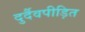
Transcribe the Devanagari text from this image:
दुर्दैवपीड़ित